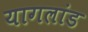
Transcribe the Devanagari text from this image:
यागलांड